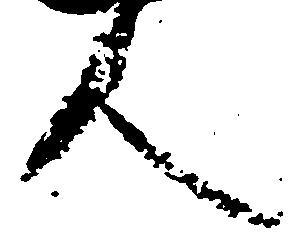
人